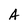
Character: A